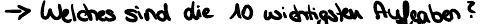
-> Welches sind die 10 wichtigsten Aufgaben?